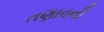
તણાવની